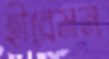
হীরেমন